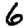
Digit: 6